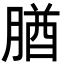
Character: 𦝱